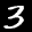
Label: 3